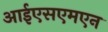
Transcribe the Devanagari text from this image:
आईएसएमएन